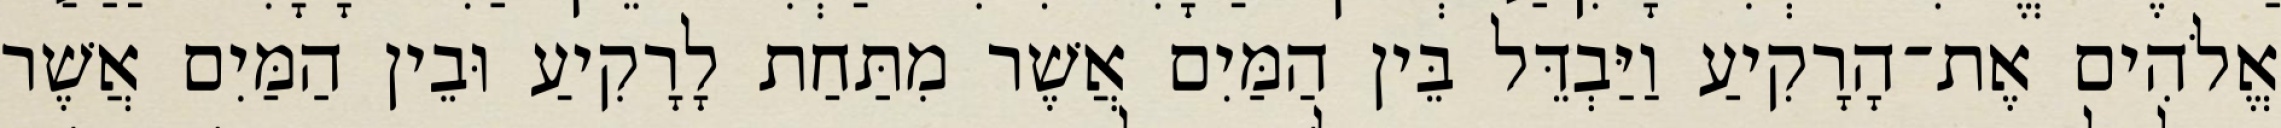
אֱלֹהִים אֶת־הָרָקִיעַ וַיַּבְדֵּל בֵּין הַמַּיִם אֲשֶׁר מִתַּחַת לָרָקִיעַ וּבֵין הַמַּיִם אֲשֶׁר